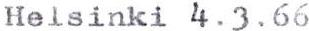
Helsinki 4.3.66